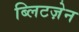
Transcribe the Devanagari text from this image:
ब्लिटज़ेन